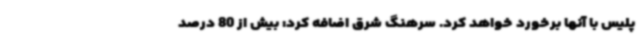
پلیس با آنها برخورد خواهد کرد. سرهنگ شرق اضافه کرد: بیش از 80 درصد